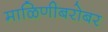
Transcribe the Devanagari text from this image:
माळिणीबरोबर